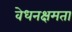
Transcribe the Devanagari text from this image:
वेधनक्षमता